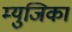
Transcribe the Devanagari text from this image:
म्युजिका